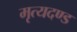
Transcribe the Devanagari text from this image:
मृत्यदण्ड